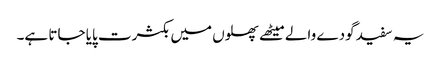
یہ سفید گودے والے میٹھے پھلوں میں بکثرت پایا جاتا ہے۔